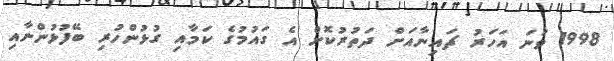
1998 ވަނަ އަހަރު ޗައިނާއަށް ދަތުރުކޮށް އެ ގައުމުގެ ކަމާއި ގުޅުންހުރި ބޭފުޅުންނާއި